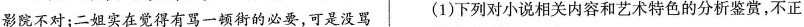
影院不对；二姐实在觉得有骂一顿街的必要，可是没骂 (1)下列对小说相关内容和艺术特色的分析鉴赏，不正